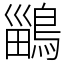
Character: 鶅